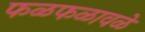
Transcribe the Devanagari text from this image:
फळफळावळे